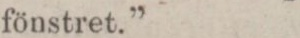
fönstret.”